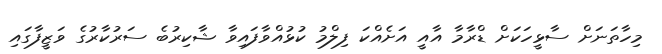
މިހާތަނަށް ސާޅީހަކަށް ޑްރާމާ އާއީ އަށެއްކަ ފިލްމު ކުޅުއްވާފައިވާ ޝާކިރުބެ ސަރުކާރުގެ ވަޒީފާގައި